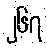
၂၆၇